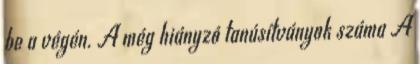
be a végén. A még hiányzó tanúsítványok száma A